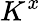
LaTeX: K^{x}